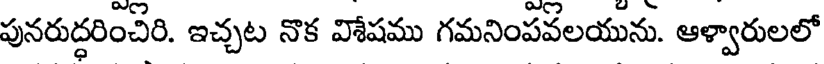
పునరుద్ధరించిరి. ఇచ్చట నొక వోషము గమనింపవలయును. ఆళ్వారులలో